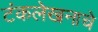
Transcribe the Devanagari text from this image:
टंकलेखनाचे